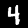
Digit: 4